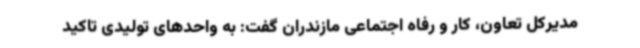
مدیرکل تعاون، کار و رفاه اجتماعی مازندران گفت: به واحدهای تولیدی تاکید